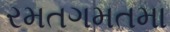
રમતગમતમા